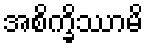
အစိက္ခိဿာမိ